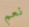
نعم